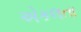
એકલતા